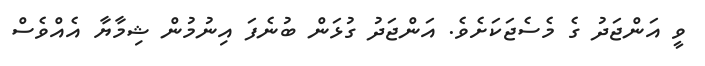
ވީ އަންޖަދު ގެ މެސެޖަކަށެވެ. އަންޖަދު ގުޅަން ބުނެފަ އިނުމުން ޝިމާޔާ އެއްވެސް